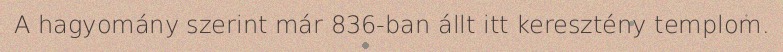
A hagyomány szerint már 836-ban állt itt keresztény templom.